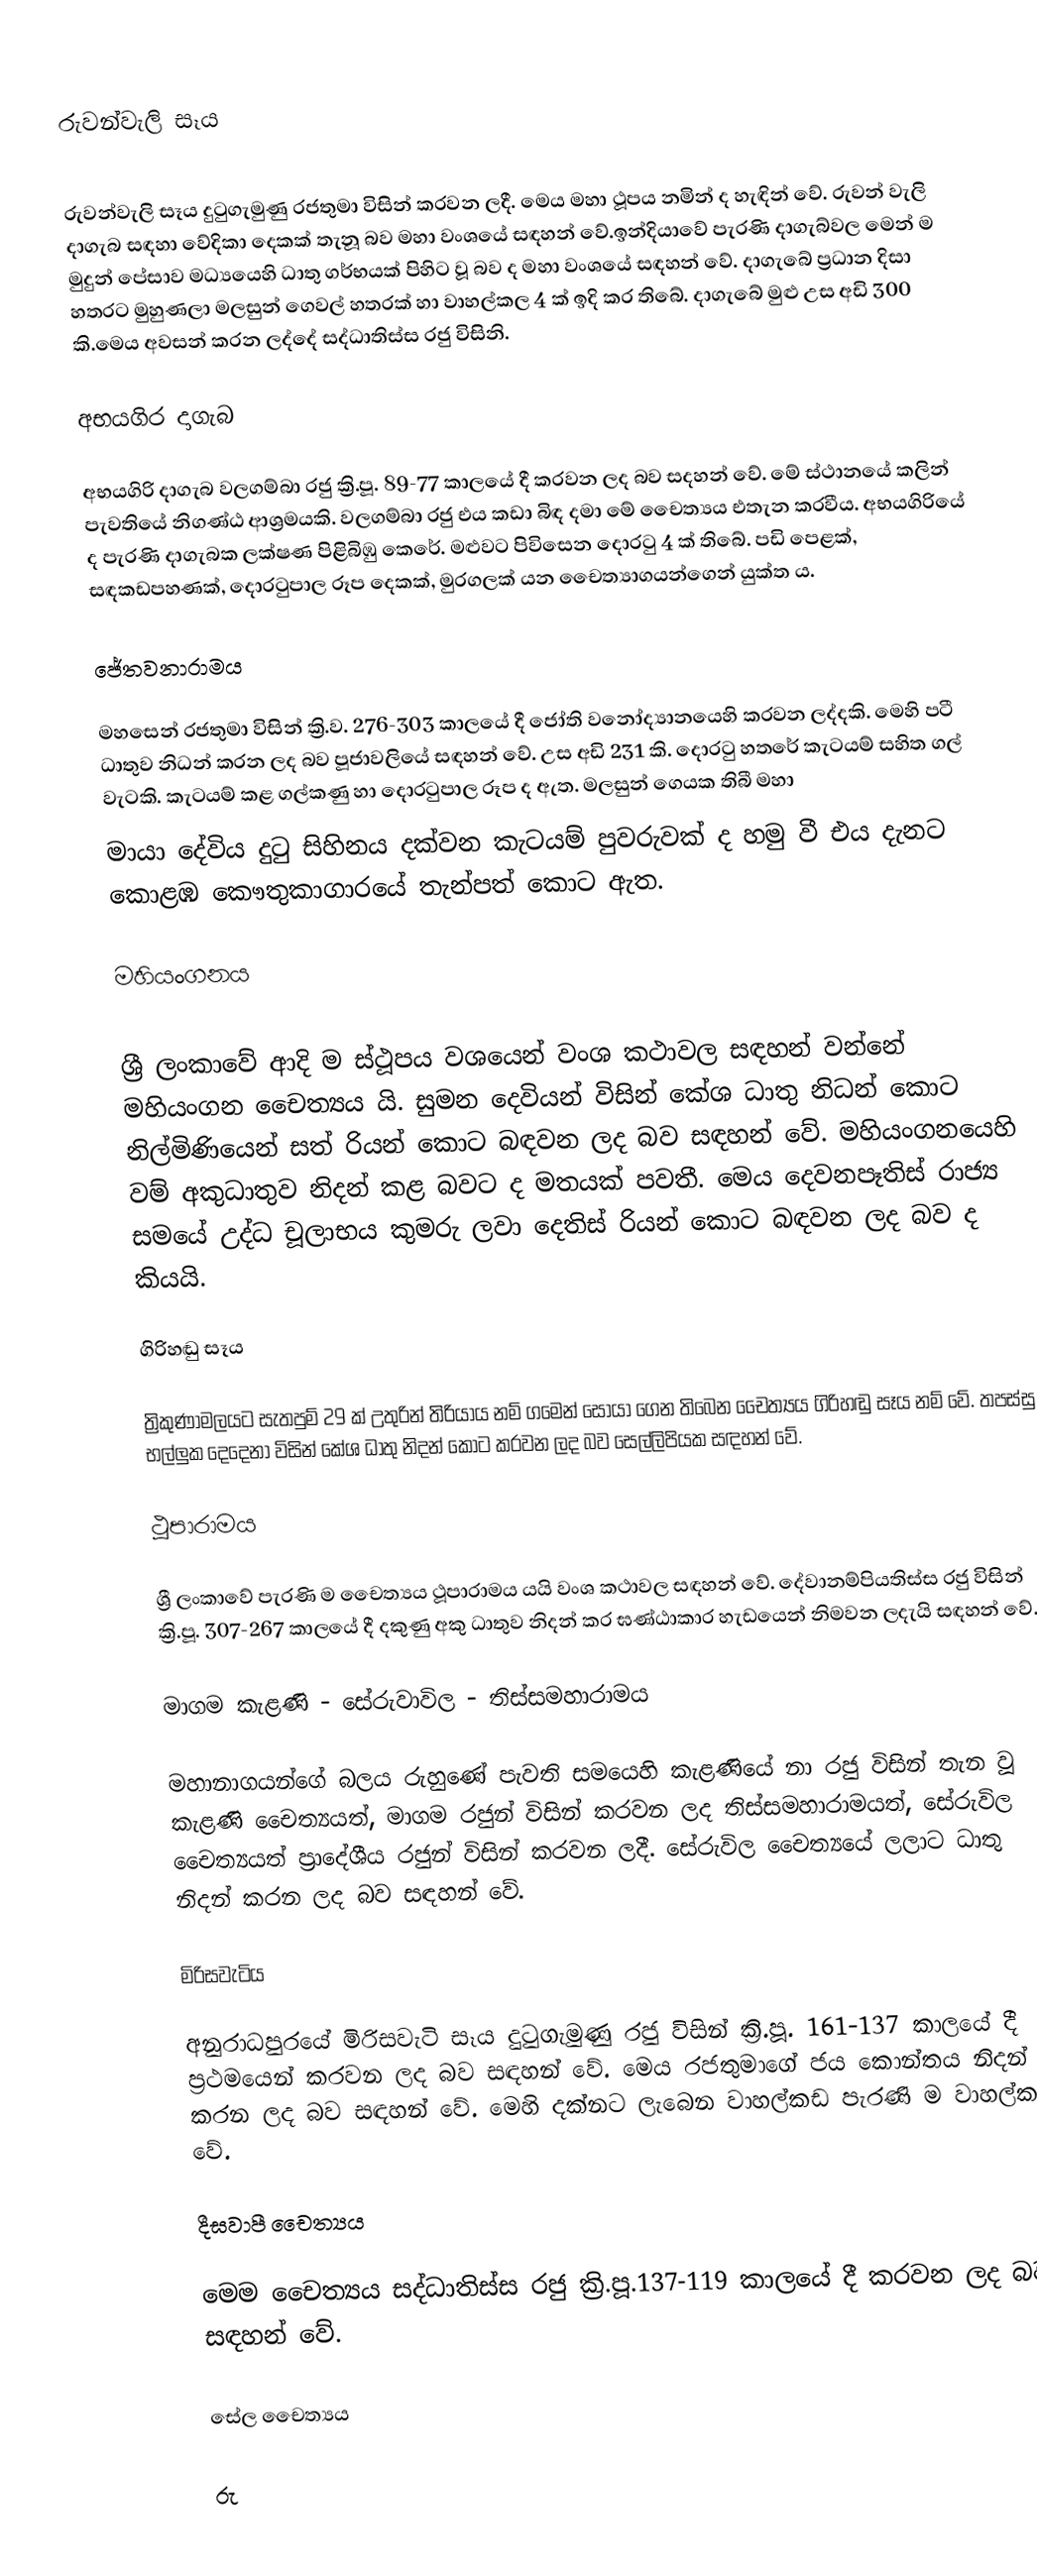

රුවන්වැලි සෑය

රුවන්වැලි සෑය දුටුගැමුණු රජතුමා විසින් කරවන ලදී. මෙය මහා ථූපය නමින් ද හැඳින් වේ. රුවන් වැලි දාගැබ සඳහා වේදිකා දෙකක් තැනූ බව මහා වංශයේ සඳහන් වේ.ඉන්දියාවේ පැරණි දාගැබ්වල මෙන් ම මුදුන් පේසාව මධ්‍යයෙහි ධාතු ගර්භයක් පිහිට වූ බව ද මහා වංශයේ සඳහන් වේ. දාගැබේ ප්‍රධාන දිසා හතරට මුහුණලා මලසුන් ගෙවල් හතරක් හා වාහල්කල 4 ක් ඉදි කර තිබේ. දාගැබේ මුළු උස අඩි 300 කි.මෙය අවසන් කරන ලද්දේ සද්ධාතිස්ස රජු විසිනි.

අභයගිර දාගැබ

අභයගිරි දාගැබ වලගම්බා රජු ක්‍රි.පූ. 89-77 කාලයේ දී කරවන ලද බව සදහන් වේ. මේ ස්ථානයේ කලින් පැවතියේ නිගණ්ඨ ආශ්‍රමයකි. වලගම්බා රජු එය කඩා බිඳ දමා මේ චෛත්‍යය එතැන කරවීය. අභයගිරියේ ද පැරණි දාගැබක ලක්ෂණ පිළිබිඹු කෙරේ. මළුවට පිවිසෙන දොරටු 4 ක් තිබේ. පඩි පෙළක්, සඳකඩපහණක්, දොරටුපාල රූප දෙකක්, මුරගලක් යන චෛත්‍යාගයන්ගෙන් යුක්ත ය.

ජේතවනාරාමය

මහසෙන් රජතුමා විසින් ක්‍රි.ව. 276-303 කාලයේ දී ජෝති වනෝද්‍යානයෙහි කරවන ලද්දකි. මෙහි පටී ධාතුව නිධන් කරන ලද බව පූජාවලියේ සඳහන් වේ. උස අඩි 231 කි. දොරටු හතරේ කැටයම් සහිත ගල් වැටකි. කැටයම් කළ ගල්කණු හා දොරටුපාල රූප ද ඇත. මලසුන් ගෙයක තිබී මහා
මායා දේවිය දුටු සිහිනය දක්වන කැටයම් පුවරුවක් ද හමු වී එය දැනට කොළඹ කෞතුකාගාරයේ තැන්පත් කොට ඇත.

මහියංගනය

ශ්‍රී ලංකාවේ ආදි ම ස්ථූපය වශයෙන් වංශ කථාවල සඳහන් වන්නේ මහියංගන චෛත්‍යය යි. සුමන දෙවියන් විසින් කේශ ධාතු නිධන් කොට නිල්මිණියෙන් සත් රියන් කොට බඳවන ලද බව සඳහන් වේ. මහියංගනයෙහි වම් අකුධාතුව නිදන් කළ බවට ද මතයක් පවතී. මෙය දෙවනපෑතිස් රාජ්‍ය ස‍මයේ උද්ධ චූලාභය කුමරු ලවා දෙතිස් රියන් කොට බඳවන ලද බව ද කියයි.

ගිරිහඬු සෑය

ත්‍රිකුණාමලයට සැතපුම් 29 ක් උතුරින් තිරියාය නම් ගමෙන් සොයා ගෙන තිබෙන චෛත්‍යය ගිරිහඬු සෑය නම් වේ. තපස්සු භල්ලුක ‍දෙදෙනා විසින් කේශ ධාතු නිදන් කොට කරවන ලද බව සෙල්ලිපියක සඳහන් වේ.

ථූපාරාමය

ශ්‍රී ලංකාවේ පැරණි ම චෛත්‍යය ථූපාරාමය යයි වංශ කථාවල සඳහන් වේ. දේවානම්පියතිස්ස රජු විසින්  ක්‍රි.පූ. 307-267 කාලයේ දී දකුණු අකු ධාතුව නිදන් කර ඝණ්ඨාකාර හැඩයෙන් නිමවන ලදැයි සඳහන් වේ.

මාගම කැළණි - සේරුවාවිල - තිස්සමහාරාමය

මහානාගයන්ගේ බලය රුහුණේ පැවති සමයෙහි කැළණියේ නා රජු විසින් තැන වූ  කැළණි චෛත්‍යයත්, මාගම රජුන් විසින් කරවන ලද තිස්සමහාරාමයත්, සේරුවිල චෛත්‍යයත් ප්‍රාදේශීය රජුන් විසින් කරවන ලදී. සේරුවිල චෛත්‍යයේ ලලාට ධාතු නිදන් කරන ලද බව සඳහන් වේ.

මිරිසවැටිය

අනුරාධපුරයේ මිරිසවැටි සෑය දුටුගැමුණු රජු විසින් ක්‍රි.පූ. 161-137 කාලයේ දී ප්‍රථ‍මයෙන් කරවන ලද බව සඳහන් වේ. මෙය රජතුමාගේ ජය කොන්තය නිදන් කරන ලද බව සඳහන් වේ. මෙහි දක්නට ලැබෙන වාහල්කඩ පැරණි ම වාහල්කඩ වේ.

දීඝවාපී චෛත්‍යය

මෙම ‍චෛත්‍යය සද්ධාතිස්ස රජු ක්‍රි.පූ.137-119 කාලයේ දී කරවන ලද බව සඳහන් වේ.

සේල චෛත්‍යය

රු